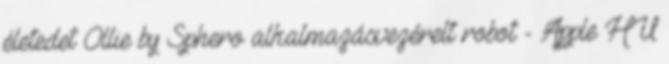
életedet Ollie by Sphero alkalmazásvezérelt robot - Apple HU